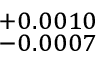
^ { + 0 . 0 0 1 0 } _ { - 0 . 0 0 0 7 }